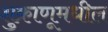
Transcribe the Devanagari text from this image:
शुक्राणूमधील